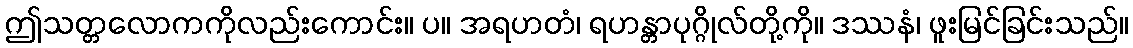
ဤသတ္တလောကကိုလည်းကောင်း။ ပ။ အရဟတံ၊ ရဟန္တာပုဂ္ဂိုလ်တို့ကို။ ဒဿနံ၊ ဖူးမြင်ခြင်းသည်။